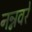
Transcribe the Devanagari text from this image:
नन्नवरे